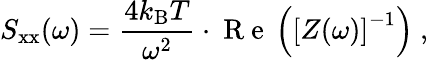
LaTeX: S_{\mathrm{xx}}(\omega)=\frac{4k_{\mathrm{B}}T}{{\omega}^{2}}\cdot\mathrm{~R~e~}\left(\left[Z(\omega)\right]^{-1}\right)~,